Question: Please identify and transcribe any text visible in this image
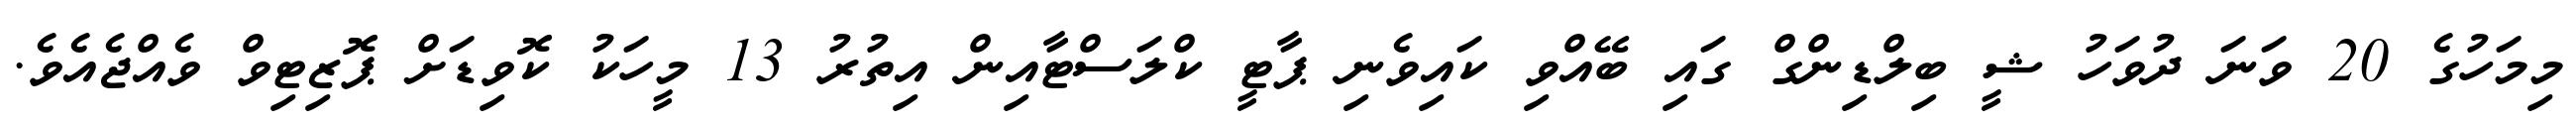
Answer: މިމަހުގެ 20 ވަނަ ދުވަހު ޝީ ބިލްޑިންގް ގައި ބޭއްވި ކައިވެނި ޕާޓީ ކްލަސްޓާއިން އިތުރު 13 މީހަކު ކޮވިޑަށް ޕޮޒިޓިވް ވެއްޖެއެވެ.